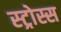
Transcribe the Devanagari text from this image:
स्ट्रोस्स